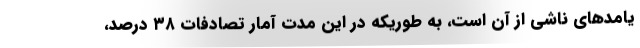
یامدهای ناشی از آن است، به طوریکه در این مدت آمار تصادفات ۳۸ درصد،